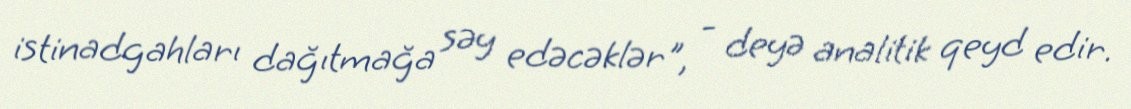
istinadgahları dağıtmağa səy edəcəklər", - deyə analitik qeyd edir.